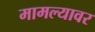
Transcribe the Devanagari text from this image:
मामल्यावर